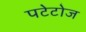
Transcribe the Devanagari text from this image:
पटेटोज